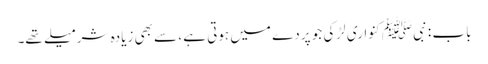
باب : نبیﷺ کنواری لڑکی جو پردے میں ہوتی ہے ، سے بھی زیادہ شرمیلے تھے۔